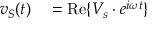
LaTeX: \begin{array} { r l } { v _ { S } ( t ) } & { { } = \operatorname { R e } \{ V _ { s } \cdot e ^ { i \omega t } \} } \end{array}